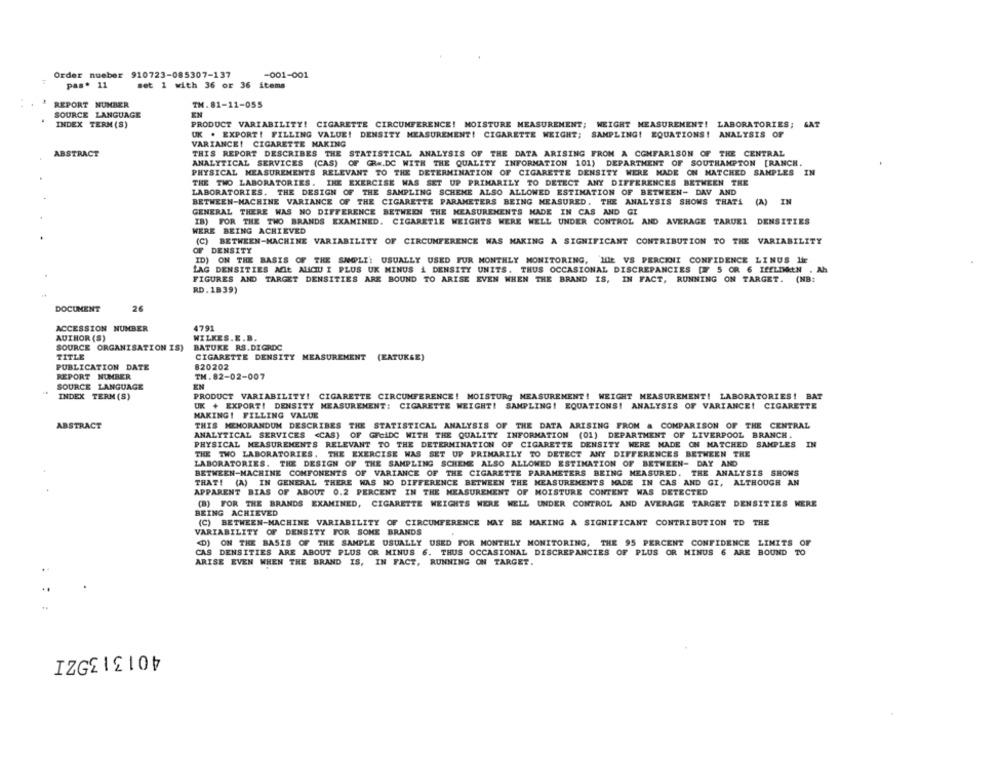
Order nueber 910723-085307-137
-001-001
pas . 11
set 1 with 36 or 36 items
REPORT NUMBER
TH.81-11-055
SOURCE LANGUAGE
INDEX TERM (S)
PRODUCT VARIABILITY! CIGARETTE CIRCUMFERENCE! MOISTURE MEASUREMENT; WEIGHT MEASUREMENT! LABORATORIES; GAT
UK . EXPORT! FILLING VALUE! DENSITY MEASUREMENT! CIGARETTE WEIGHT; SAMPLING! EQUATIONS! ANALYSIS OF
VARIANCE! CIGARETTE MAKING
ABSTRACT
THIS REPORT DESCRIBES THE STATISTICAL ANALYSIS OF THE DATA ARISING FROM A COMPARISON OF THE CENTRAL
ANALYTICAL SERVICES (CAS) OF GR =. DC WITH THE QUALITY INFORMATION 101) DEPARTMENT OF SOUTHAMPTON [RANCH.
PHYSICAL MEASUREMENTS RELEVANT TO THE DETERMINATION OF CIGARETTE DENSITY WERE MADE ON MATCHED SAMPLES IN
THE TWO LABORATORIES. INE EXERCISE WAS SET UP PRIMARILY TO DETECT ANY DIFFERENCES BETWEEN THE
LABORATORIES. THE DESIGN OF THE SAMPLING SCHEME ALSO ALLOWED ESTIMATION OF BETWEEN- DAV AND
BETWEEN-MACHINE VARIANCE OF THE CIGARETTE PARAMETERS BEING MEASURED, THE ANALYSIS SHOWS THAT! (A) IN
GENERAL THERE WAS NO DIFFERENCE BETWEEN THE MEASUREMENTS MADE IN CAS AND GI
IB) FOR THE THO BRANDS EXAMINED. CIGARETIE WEIGHTS WERE WELL UNDER CONTROL AND AVERAGE TARUE1 DENSITIES
WERE BEING ACHIEVED
(C) BETWEEN-MACHINE VARIABILITY OF CIRCUMFERENCE WAS MAKING A SIGNIFICANT CONTRIBUTION TO THE VARIABILITY
OF DENSITY
ID) ON THE BASIS OF THE SNOPLI': USUALLY USED FUR MONTHLY MONITORING, HE VS PERCKNI CONFIDENCE LINUS Ifr
LAG DENSITIES ACLE AUCU I PLUS UK MINUS & DENSITY UNITS. THUS OCCASIONAL DISCREPANCIES [W 5 OR 6 ISELINKEN . Ah
FIGURES AND TARGET DENSITIES ARE BOUND TO ARISE EVEN WHEN THE BRAND IS, IN FACT, RUNNING ON TARGET. (NB:
RD. 1839)
DOCUMENT
26
ACCESSION NUMBER
4791
AUTHOR (S)
WILKES.E.B
SOURCE ORGANISATION IS)
BATUKE RS.DIGRDC
TITLE
CIGARETTE DENSITY MEASUREMENT (EATUKGE)
PUBLICATION DATE
820202
REPORT NUMBER
TH. 82-02-007
SOURCE LANGUAGE
EN
INDEX TERM (S)
PRODUCT VARIABILITY! CIGARETTE CIRCUMFERENCE! MOISTURg MEASUREMENT! WEIGHT MEASUREMENT! LABORATORIES! BAT
UK + EXPORT! DENSITY MEASUREMENT: CIGARETTE WEIGHT! SAMPLING! EQUATIONS! ANALYSIS OF VARIANCE! CIGARETTE
MAKING! FILLING VALUE
ABSTRACT
THIS MEMORANDUM DESCRIBES THE STATISTICAL ANALYSIS OF THE DATA ARISING FROM & COMPARISON OF THE CENTRAL
ANALYTICAL SERVICES <CAS) OF GECiDC WITH THE QUALITY INFORMATION (01) DEPARTMENT OF LIVERPOOL BRANCH.
PHYSICAL MEASUREMENTS RELEVANT TO THE DETERMINATION OF CIGARETTE DENSITY WERE MADE ON MATCHED SAMPLES IN
THE TWO LABORATORIES. THE EXERCISE WAS SET UP PRIMARILY TO DETECT ANY DIFFERENCES BETWEEN THE
LABORATORIES. THE DESIGN OF THE SAMPLING SCHENE ALSO ALLOWED ESTIMATION OF BETWEEN- DAY AND
BETWEEN-MACHINE COMPONENTS OF VARIANCE OF THE CIGARETTE PARAMETERS BEING MEASURED. THE ANALYSIS SHOWS
THAT! (A) IN GENERAL THERE WAS NO DIFFERENCE BETWEEN THE MEASUREMENTS MADE IN CAS AND GI, ALTHOUGH AN
APPARENT BIAS OF ABOUT 0.2 PERCENT IN THE MEASUREMENT OF MOISTURE CONTENT WAS DETECTED
(B) FOR THE BRANDS EXAMINED, CIGARETTE WEIGHTS WERE WELL UNDER CONTROL AND AVERAGE TARGET DENSITIES WERE
BEING ACHIEVED
(C) BETWEEN-MACHINE VARIABILITY OF CIRCUMFERENCE MAY BE MAKING A SIGNIFICANT CONTRIBUTION TO THE
VARIABILITY OF DENSITY FOR SOME BRANDS
<D) ON THE BASIS OF THE SAMPLE USUALLY USED FOR MONTHLY MONITORING, THE 95 PERCENT CONFIDENCE LIMITS OF
CAS DENSITIES ARE ABOUT PLUS OR MINUS 6. THUS OCCASIONAL DISCREPANCIES OF PLUS OR MINUS 6 ARE BOUND TO
ARISE EVEN WHEN THE BRAND IS, IN FACT, RUNNING ON TARGET.